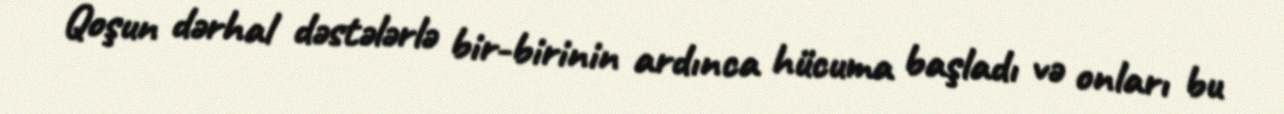
Qoşun dərhal dəstələrlə bir-birinin ardınca hücuma başladı və onları bu